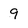
Character: 9